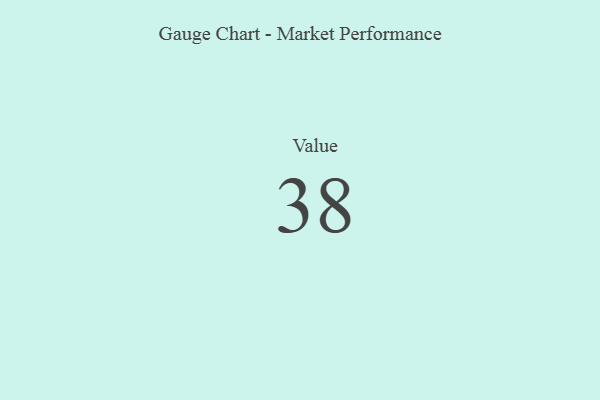
{"axis": {"x": "Metric", "y": "Value"}, "legend": [""], "data": [{"x": "Value", "y": 38, "type": ""}]}